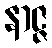
နာဇ္ဇ